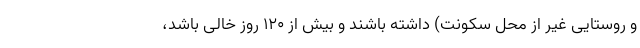
و روستایی غیر از محل سکونت) داشته باشند و بیش از ۱۲۰ روز خالی باشد،